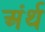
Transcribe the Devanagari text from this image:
अंर्थ